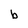
Character: b